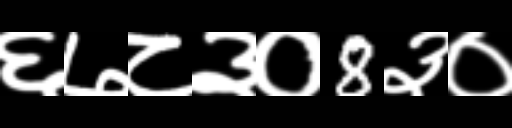
Text: ६७८३०8३०